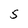
Character: S